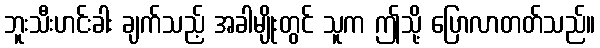
ဘူးသီးဟင်းခါး ချက်သည့် အခါမျိုးတွင် သူက ဤသို့ ပြောလာတတ်သည်။